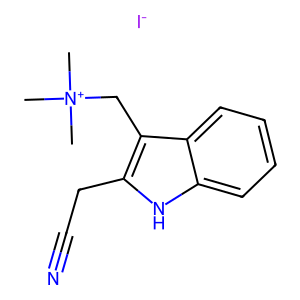
SMILES: C[N+](C)(C)Cc1c(CC#N)[nH]c2ccccc12.[I-]
Inhibits HIV replication: No